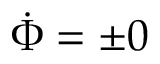
\dot { \Phi } = \pm 0